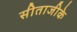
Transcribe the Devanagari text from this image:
सीताजीके